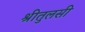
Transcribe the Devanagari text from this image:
श्रीतुलसी